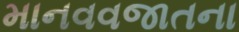
માનવવજાતના